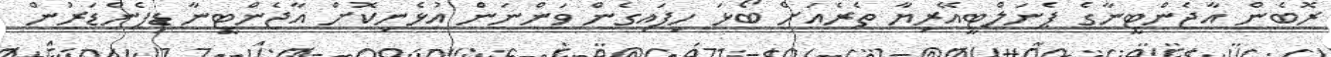
ރޮބެން އާޖެންޓީނާގެ ޕެނަލްޓީއޭރިޔާ ތެރެއަށް ބޯޅަ ހިފައިގެން ވަންނަން އުޅެނިކޮށް އާޖެންޓީނާ ޑިފެންޑަރުން